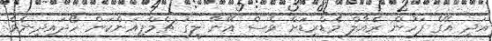
އަދި އޭގެ ފަހުން ރެއާލް މެޑްރިޑަށް ވެސް އޭނާ ލީގު ޗެމްޕިއަންކަން ހޯދައިދިނެވެ.